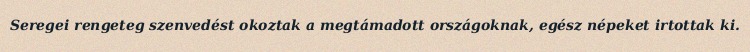
Seregei rengeteg szenvedést okoztak a megtámadott országoknak, egész népeket irtottak ki.